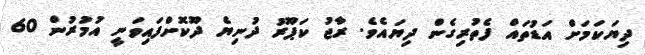
ދިޔަކަމަށް އަޑުތައް ފެތުރިގެން ދިޔައެވެ. ރާޖު ކަޕޫރު ދުނިޔެ ދޫކޮށްފައިވަނީ އުމުރުން 60